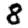
Digit: 8